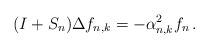
LaTeX: \begin{align*}(I+S_n)\Delta f_{n,k} = -\alpha^2_{n,k} f_n\,.\end{align*}